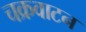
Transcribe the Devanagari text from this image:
चक्रवाटन